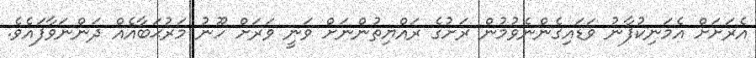
އެރަށަށް އެމަނިކުފާނު ވަޑައިގެންނެވުމުން ރަށުގެ ރައްޔިތުންނަށް ވަނީ ވަރަށް ހޫނު މަރުޙަބާއެއް ދަންނަވާފައެވެ.